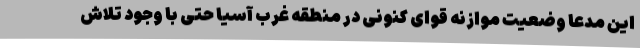
این مدعا وضعیت موازنه قوای کنونی در منطقه غرب آسیا حتی با وجود تلاش